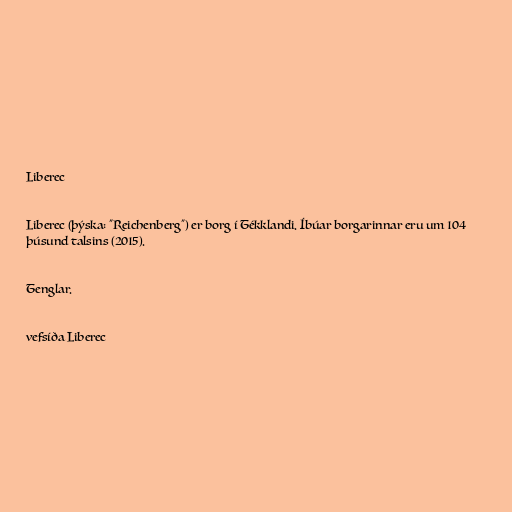
Liberec

Liberec (þýska: "Reichenberg") er borg í Tékklandi. Íbúar borgarinnar eru um 104
þúsund talsins (2015).

Tenglar.

vefsíða Liberec